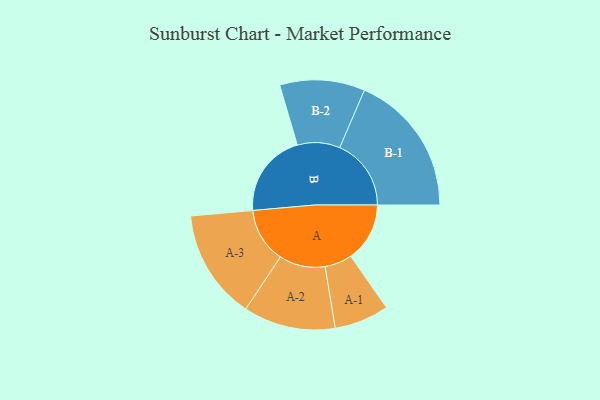
{"axis": {"x": "Segment", "y": "Value"}, "legend": ["", "A", "B"], "data": [{"x": "A", "y": 218, "type": ""}, {"x": "B", "y": 311, "type": ""}, {"x": "A-1", "y": 101, "type": "A"}, {"x": "A-2", "y": 170, "type": "A"}, {"x": "A-3", "y": 203, "type": "A"}, {"x": "B-1", "y": 264, "type": "B"}, {"x": "B-2", "y": 157, "type": "B"}]}